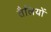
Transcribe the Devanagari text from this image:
तैलियों